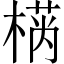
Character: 𱤂